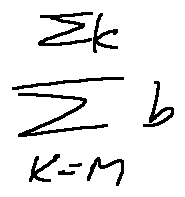
\sum \limits _ { k = M } ^ { \sum k } b